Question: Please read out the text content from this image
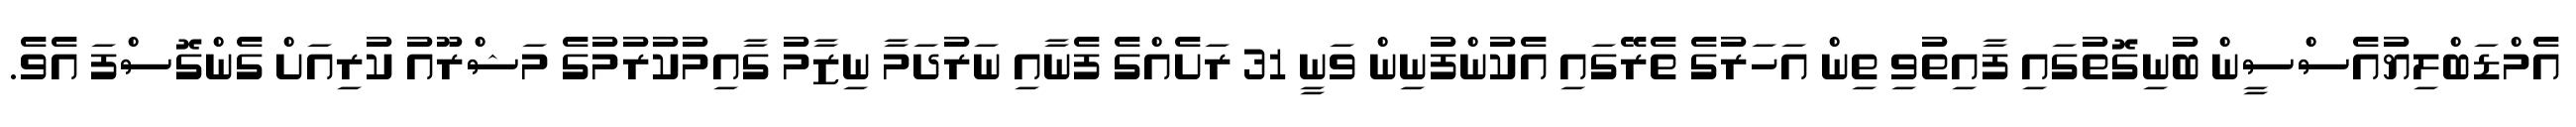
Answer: އެމްޑަބްލިޔުއެސްސީން ބުނިގޮތުގައި ފާއިތުވި ތިން އަހަރުގެ ތެރޭގައި އެކުންފުނިން ވަނީ 31 ރަށެއްގެ ފެނާއި ނަރުދަމާ ނިޒާމު ގާއިމުކުރުމުގެ މަޝްރޫއު ކުރިއަށް ގެންގޮސްފަ އެވެ.